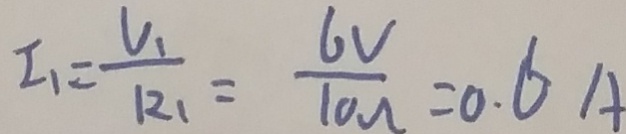
I _ { 1 } = \frac { U _ { 1 } } { R _ { 1 } } = \frac { 6 V } { 1 0 \Omega } = 0 . 6 A